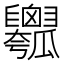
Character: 𤬣